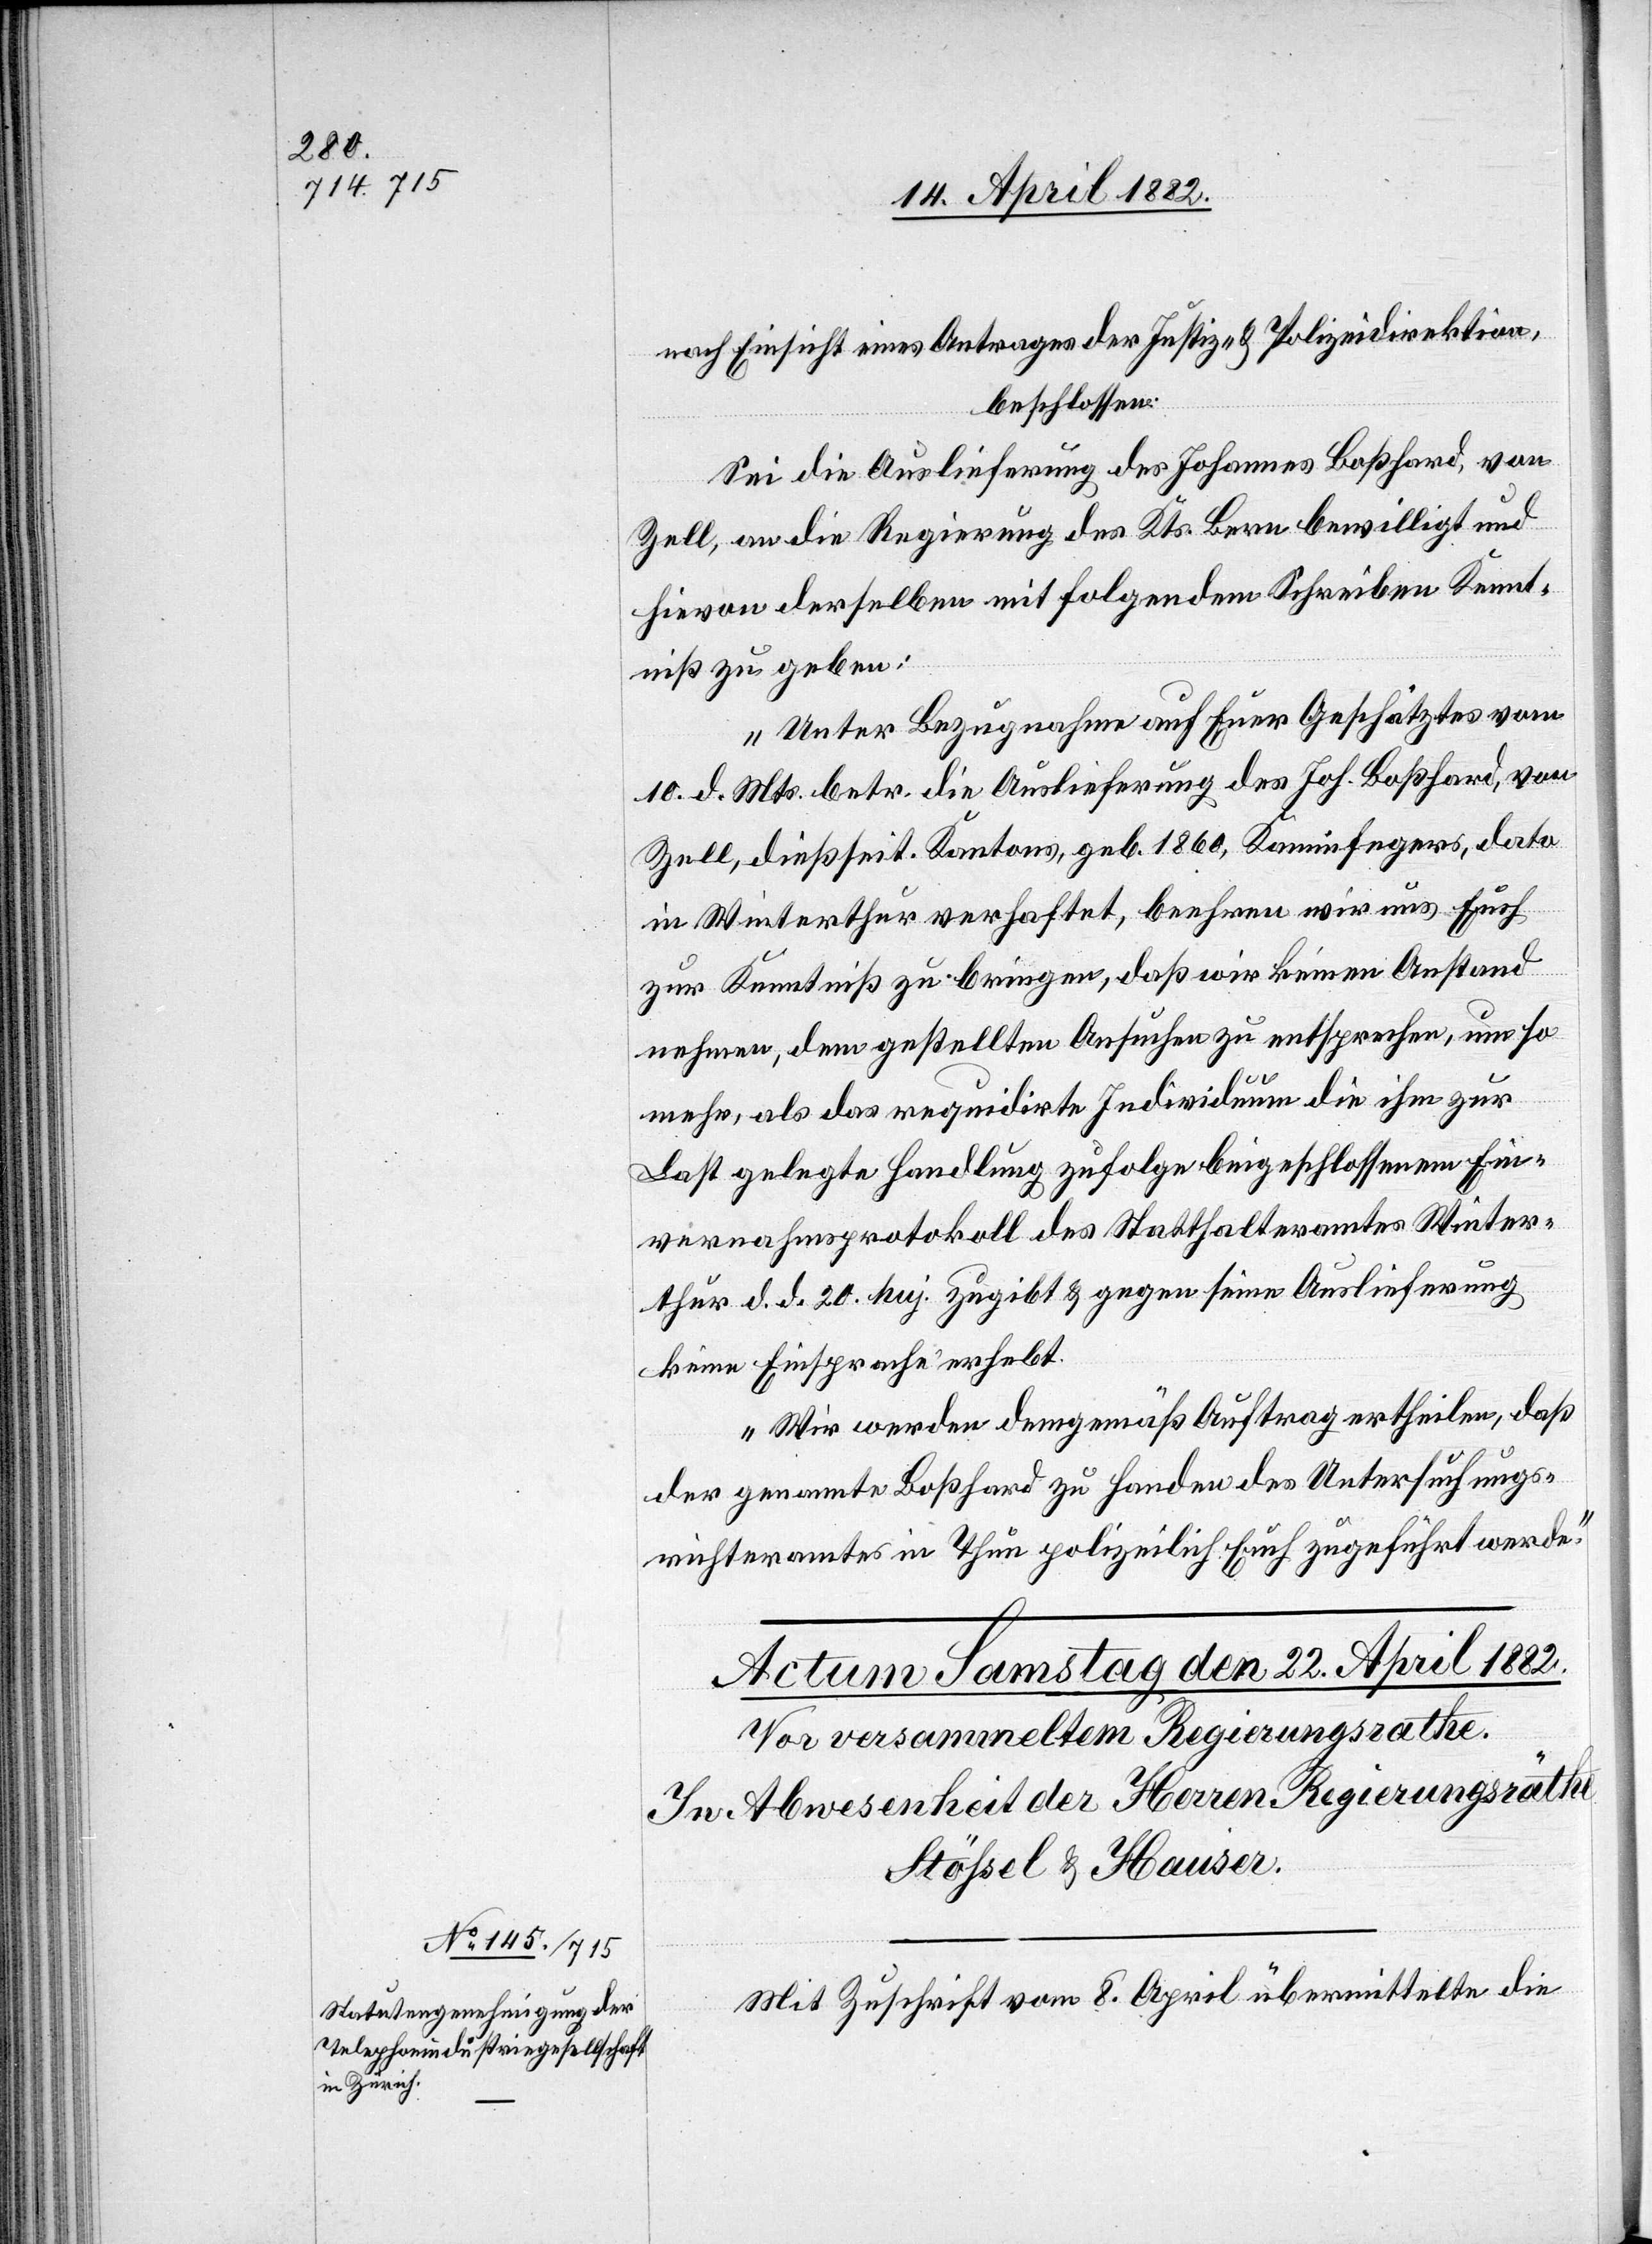
nach Einsicht eines Antrages der Justiz- & Polizeidirektion,
beschlossen:
Sei die Auslieferung des Johannes Boßhard, von
Zell, an die Regierung des Kts. Bern bewilligt und
hievon derselben mit folgendem Schreiben Kennt¬
niß zu geben:
„Unter Bezugnahme auf Euer Geschätztes vom
10. d. Mts. betr. die Auslieferung des Joh. Boßhard, von
Zell, dießseit. Kantons, geb. 1860, Kaminfegers, dato
in Winterthur verhaftet, beehren wir uns Euch
zur Kenntniß zu bringen, daß wir keinen Anstand
nehmen, dem gestellten Ansuchen zu entsprechen, um so
mehr, als das requidirte Individuum die ihm zur
Last gelegte Handlung zufolge beigeschlossenem Ein¬
vernahmsprotokoll des Statthalteramtes Winter¬
thur d. d. 20. huj. zugibt & gegen seine Auslieferung
keine Einsprache erhebt.
Wir werden demgemäß Auftrag ertheilen, daß
der genannte Boßhard zu Handen des Untersuchungs¬
richteramtes in Thun polizeilich Euch zugeführt werde.“
Mit Zuschrift vom 8. April übermittelte die